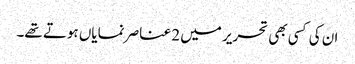
ان کی کسی بھی تحریر میں 2 عناصر نمایاں ہوتے تھے۔